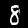
Digit: 8